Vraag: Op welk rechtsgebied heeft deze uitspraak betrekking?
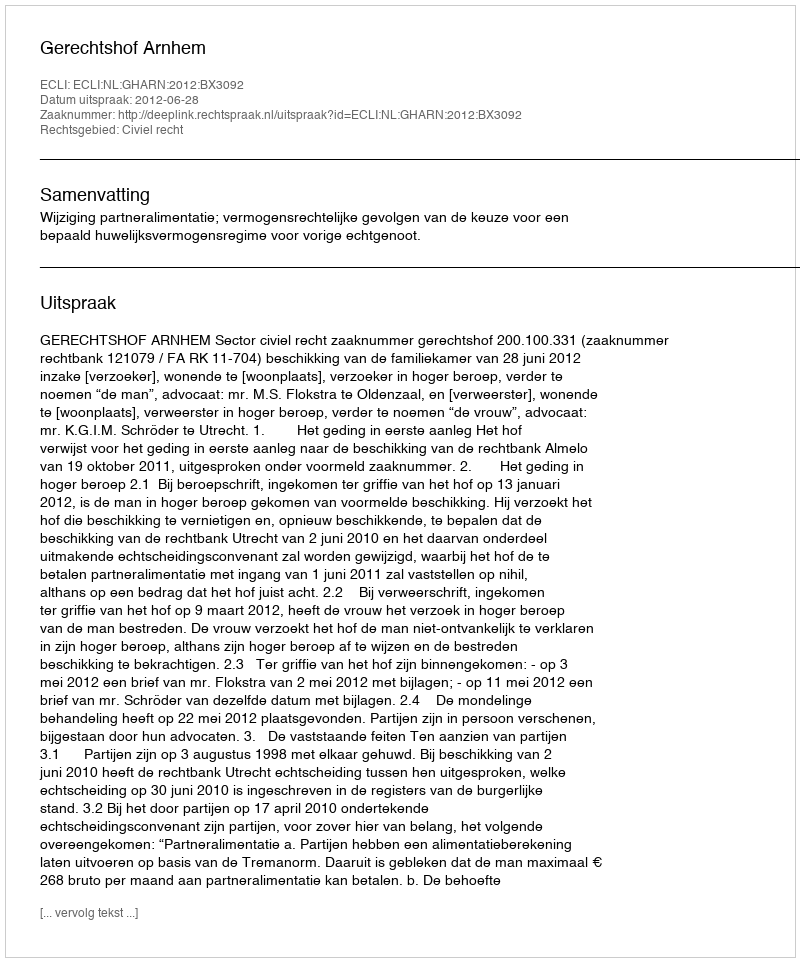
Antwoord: Civiel recht